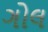
ગોલ